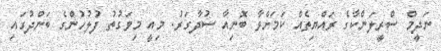
ނަދީމް ސްރީލަންކާގެ ރައްޔިތެއް ކަމަށްވާ ބޮނިއާ ސުދާގަރު. މިއީ މިވަގުތު ފުލުހުންގެ ބަންދުގައި